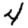
Digit: 4